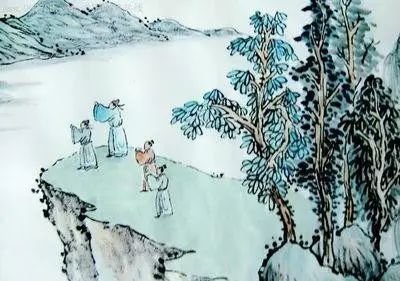
为问暗香闲艳，也相思万点付啼痕。